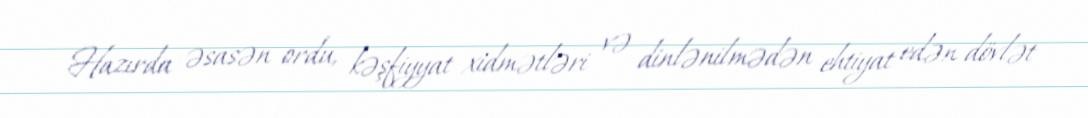
Hazırda əsasən ordu, kəşfiyyat xidmətləri və dinlənilmədən ehtiyat edən dövlət